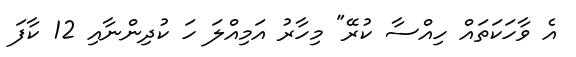
އެ ވާހަކަތައް ހިއްސާ ކުރޭ" މިހާރު އަމިއްލަ ހަ ކުދިންނާއި 12 ކާފަ